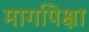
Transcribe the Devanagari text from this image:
मार्गापेक्षा